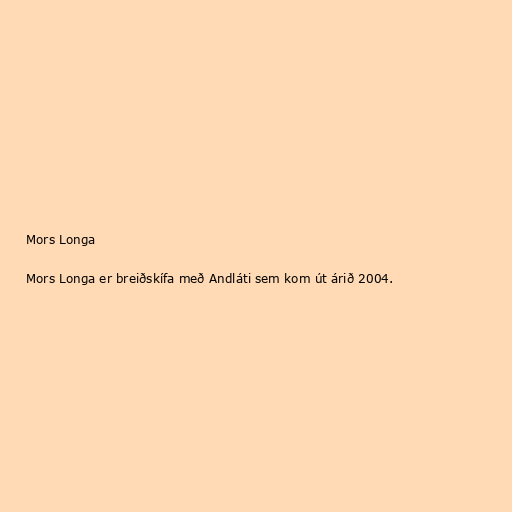
Mors Longa

Mors Longa er breiðskífa með Andláti sem kom út árið 2004.